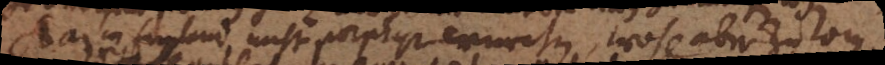
kan in England nicht porphyr wurchen, wohl aber zu Rom.